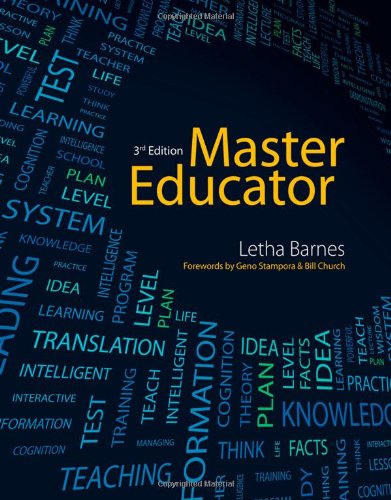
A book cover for Master Educator; Letha Barnes; Health, Fitness & Dieting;